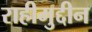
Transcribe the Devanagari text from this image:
राहीमुद्दीन